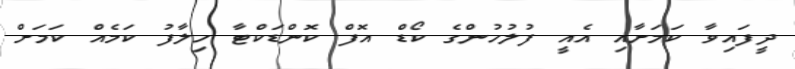
ދީފައިވާ ކަމަށާއި އެއީ ފުލުހުންގެ ކޯޑް އޮފް ކޮންޑަކްޓާ ހިލާފު ކަމެއް ކަމަށް